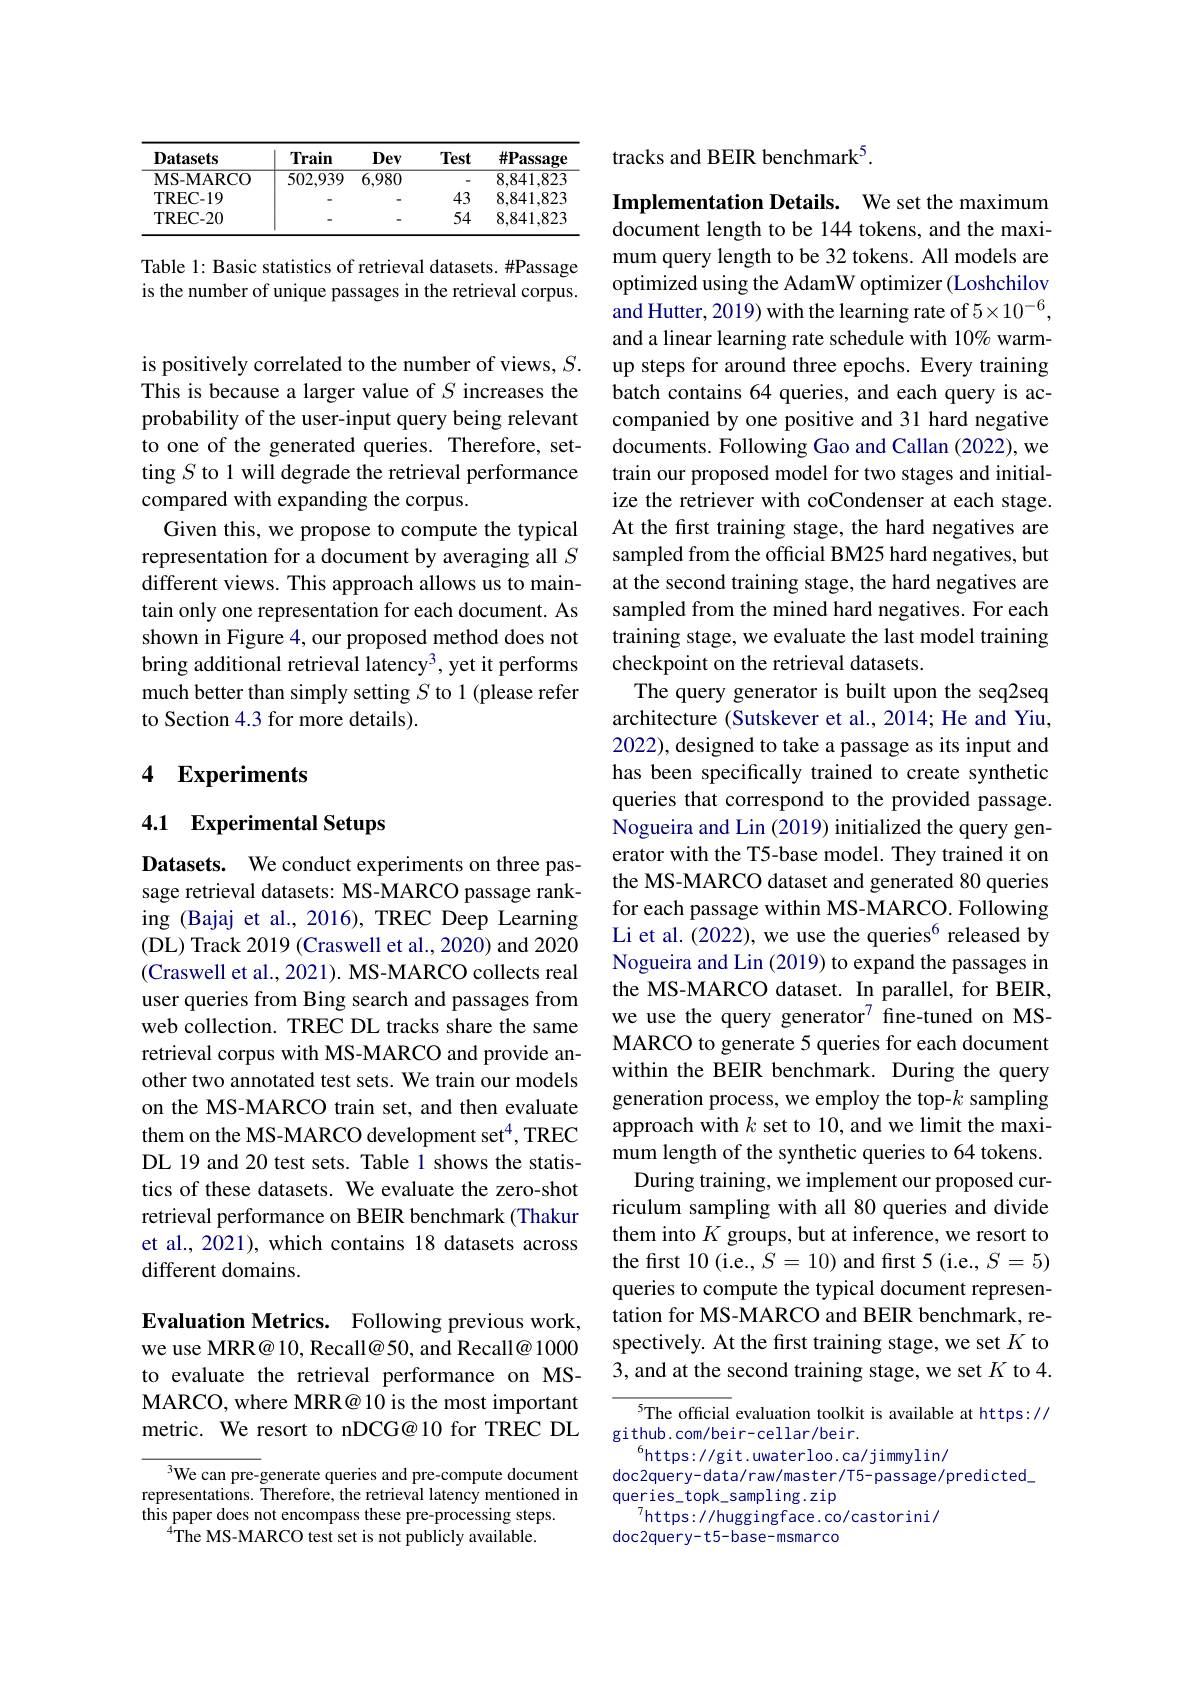
<table>
	<tbody>
		<tr>
			<th>Datasets</th>
			<th>Train</th>
			<th>Dev</th>
			<th>Test</th>
			<th>$\#\mathbf{Passage}$</th>
		</tr>
		<tr>
			<td>MS- MARCO</td>
			<td>502,939</td>
			<td>6,980</td>
			<td> </td>
			<td>8,841,823</td>
		</tr>
		<tr>
			<td>$\Gamma REC-19$</td>
			<td> </td>
			<td> </td>
			<td>43</td>
			<td>8,841,823</td>
		</tr>
		<tr>
			<td>TREC- 20</td>
			<td> </td>
			<td> </td>
			<td>54</td>
			<td>8,841,823</td>
		</tr>
	</tbody>
</table>

Table 1: Basic statistics of retrieval datasets. #Passage is the number of unique passages in the retrieval corpus.

is positively correlated to the number of views, $S.$ This is because a larger value of $S$ increases the probability of the user-input query being relevant to one of the generated queries. Therefore, setting $S$ to 1 will degrade the retrieval performance compared with expanding the corpus.
Given this, we propose to compute the typical representation for a document by averaging all $S$ different views. This approach allows us to maintain only one representation for each document. As shown in Figure 4, our proposed method does not bring additional retrieval latency$^3$, yet it performs much better than simply setting $S$ to 1 (please refer to Section 4.3 for more details).

## 4 Experiments

## 4.1 Experimental Setups

Datasets. We conduct experiments on three passage retrieval datasets: MS-MARCO passage ranking (Bajaj et al., 2016), TREC Deep Learning (DL) Track 2019 (Craswell et al., 2020) and 2020 (Craswell et al., 2021). MS-MARCO collects real user queries from Bing search and passages from web collection. TREC DL tracks share the same retrieval corpus with MS-MARCO and provide another two annotated test sets. We train our models on the MS-MARCO train set, and then evaluate them on the MS-MARCO development set$^{4}$, TREC DL 19 and 20 test sets. Table 1 shows the statistics of these datasets. We evaluate the zero-shot retrieval performance on BEIR benchmark (Thakur et al., 2021), which contains 18 datasets across different domains.

Evaluation Metrics. Following previous work, we use MRR@ 10, Recall@50, and Recall@ 1000 to evaluate the retrieval performance on MSMARCO, where MRR@ 10 is the most important metric. We resort to nDCG@10 for TREC DL

We can pre-generate queries and pre-compute document representations. Therefore, the retrieval latency mentioned in this paper does not encompass these pre-processing steps.
$^{4}$The MS-MARCO test set is not publicly available.

tracks and BEIR benchmark$^{5}.$

Implementation Details. We set the maximum document length to be 144 tokens, and the maximum query length to be 32 tokens. All models are optimized using the AdamW optimizer (Loshchilow and Hutter, 2019) with the learning rate of $5\times10^{-6}$, and a linear learning rate schedule with 10% warmup steps for around three epochs. Every training batch contains 64 queries, and each query is accompanied by one positive and 31 hard negative documents. Following Gao and Callan (2022), we train our proposed model for two stages and initialize the retriever with coCondenser at each stage. At the first training stage, the hard negatives are sampled from the official BM25 hard negatives, but at the second training stage, the hard negatives are sampled from the mined hard negatives. For each training stage, we evaluate the last model training checkpoint on the retrieval datasets.
The query generator is built upon the seq2seq architecture (Sutskever et al., 2014; He and Yiu, 2022), designed to take a passage as its input and has been specifically trained to create synthetic queries that correspond to the provided passage. Nogueira and Lin (2019) initialized the query generator with the T5-base model. They trained it on the MS-MARCO dataset and generated 80 queries for each passage within MS-MARCO. Following Li et al. (2022), we use the queries$^{6}$ released by Nogueira and Lin (2019) to expand the passages in the MS-MARCO dataset. In parallel, for BEIR, we use the query generator$^{7}$ fine-tuned on MSMARCO to generate 5 queries for each document within the BEIR benchmark. During the query generation process, we employ the top-$k$ sampling approach with $k$ set to 10, and we limit the maximum length of the synthetic queries to 64 tokens. During training, we implement our proposed curriculum sampling with all 80 queries and divide them into $K$ groups, but at inference, we resort to the first 10 (i.e., $S=10)$ and first 5 (i.e., $S=5)$ queries to compute the typical document representation for MS-MARCO and BEIR benchmark, respectively. At the frst training stage, we set $K$ to 3, and at the second training stage, we set $K$ to 4.
5The official evaluation toolkit is available at https://

github.com/beir-cellar/beir.
$^{6}$https://git.uwaterloo.ca/jimmylin/
doc2query- data/ raw/ master/ T5- passage/ predicted\_
$\mathop{\mathrm{queries\_topk\_sampling.zip}}$
$^7$https: / / hugging f ace. co/ castorini/
doc2query-t5-base-msmarco